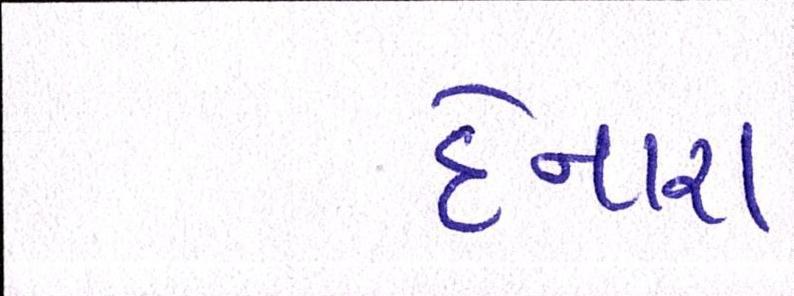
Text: દેનારા